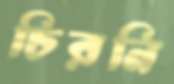
চিরনি